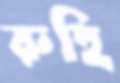
রুহি